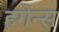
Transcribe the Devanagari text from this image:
हगेन्स